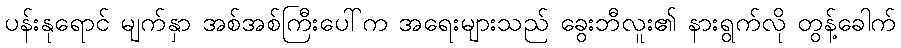
ပန်းနုရောင် မျက်နှာ အစ်အစ်ကြီးပေါ်က အရေးများသည် ခွေးဘီလူး၏ နားရွက်လို တွန့်ခေါက်